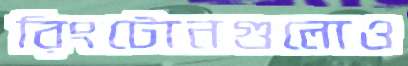
রিংটোনগুলোও